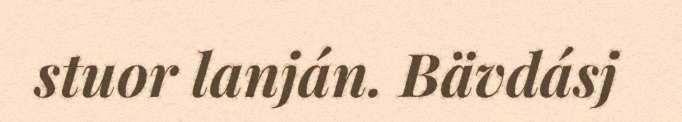
stuor lanján. Bävdásj